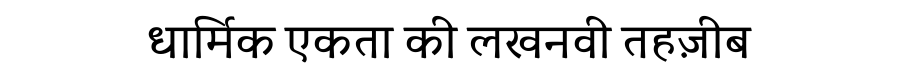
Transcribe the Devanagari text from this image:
धार्मिक एकता की लखनवी तहज़ीब